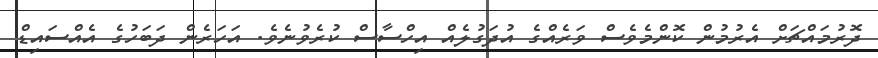
ދޮރުމައްޗަށް އެރުމުން ކޮންމެވެސް ވަރެއްގެ އުދަގުލެއް އިހްސާސް ކުރެވުނެވެ. އަހަރެން ދަބަހުގެ އެއްސައިޑް